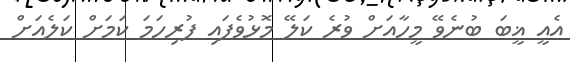
އެއީ ޣީބަ ބުނެވޭ މީހާއަށް ވުރެ ކަލޭ މޮޅުވެފައި ފުރިހަމަ ކަމަށް ކަލެއަށް